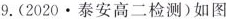
9.(2020.泰安高二检测)如图